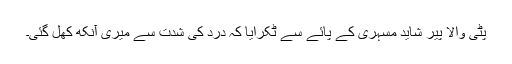
پٹی والا پیر شاید مسہری کے پائے سے ٹکرایا کہ درد کی شدت سے میری آنکھ کھل گئی۔